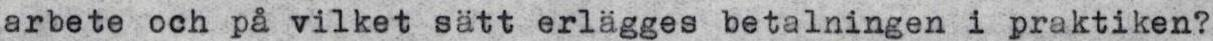
arbete och på vilket sätt erlägges betalningen i praktiken?